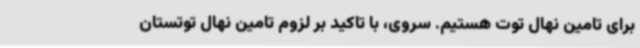
برای تامین نهال توت هستیم. سروی، با تاکید بر لزوم تامین نهال توتستان